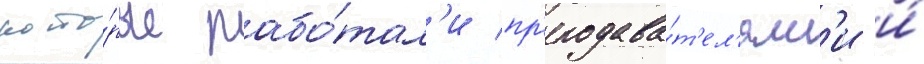
кото́рые рабо́тал'и пр'еподава́т'ел'ям'и и́